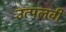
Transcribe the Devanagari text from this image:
उत्पलवी